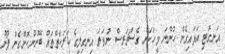
އަނގޮޓި އަޅައިގެން ހުންނަ މީހަކަށް ގެސްޗަރސް ނުވަތަ އިނގިލީގެ ހަރަކާތްތައް ބޭނުންކޮށްގެން ފޯނު